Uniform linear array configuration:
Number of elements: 8
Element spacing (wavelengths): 1
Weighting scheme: blackman
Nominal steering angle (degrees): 30
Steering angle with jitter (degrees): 29.849
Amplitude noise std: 0.05
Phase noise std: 0.05

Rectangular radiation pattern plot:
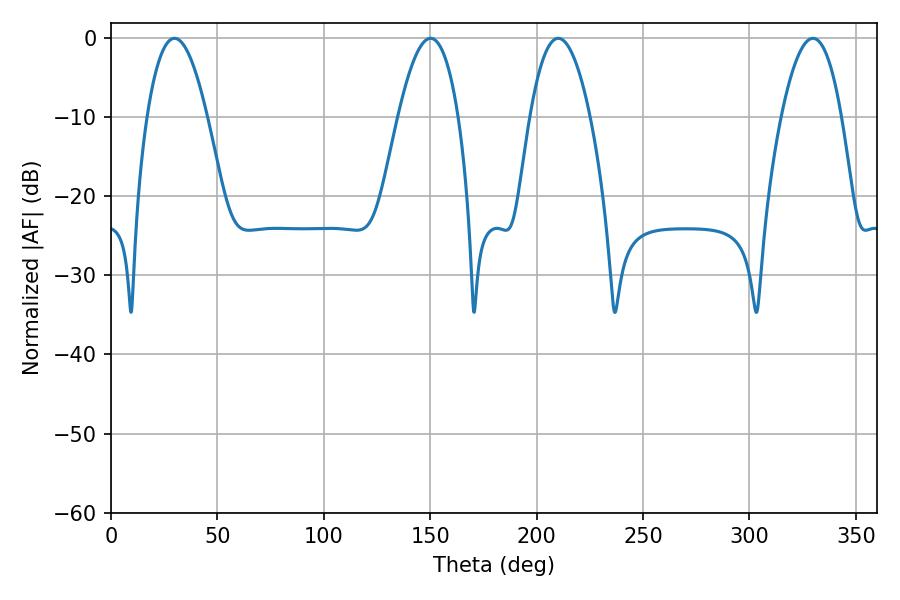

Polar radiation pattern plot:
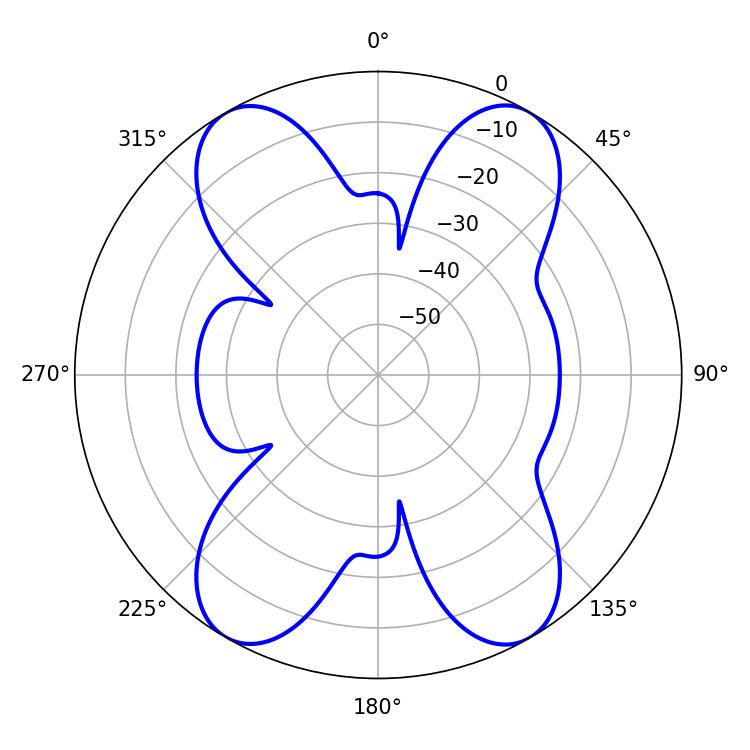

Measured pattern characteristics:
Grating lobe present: TRUE
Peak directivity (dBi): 30.392
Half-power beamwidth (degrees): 15.48
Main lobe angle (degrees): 29.88